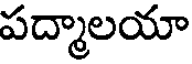
పద్మాలయా